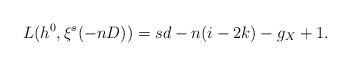
LaTeX: \begin{align*}L(h^0,\xi^{s}(-nD))=sd-n(i-2k)-g_{X}+1.\end{align*}